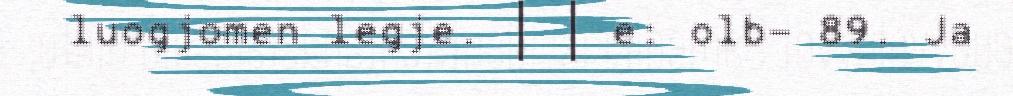
luogjomen legje. | | e: olb- 89. Ja